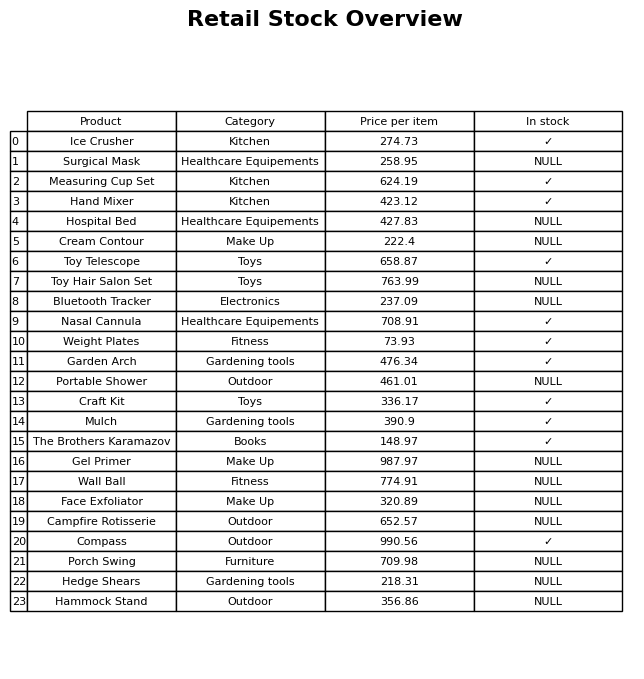
question: What is the price of the Porch Swing?
answer: The price of Porch Swing is 709.98.